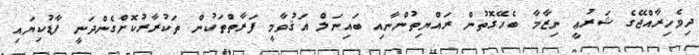
ދިވެހިރާއްޖޭގެ ޝަރުޢީ ނިޒާމާ ބެހޭގޮތުން ރައްޔިތުންނާއި ބައިނަލް އަޤުވާމީ ފަރާތްތަކުން ތަކުރާރުކޮށްގެންދަނީ ފާޑުކިޔައި